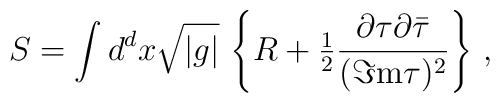
S = \int d^{d}x \sqrt{|g|}\,\left\{R +{\textstyle\frac{1}{2}}\frac{\partial\tau\partial\bar{\tau}}{(\Im {\rm m} \tau)^{2}}\right\}\, ,